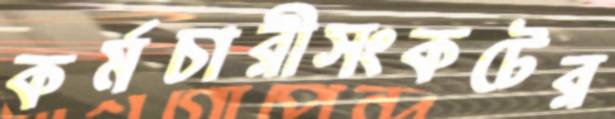
কর্মচারীসংকটের